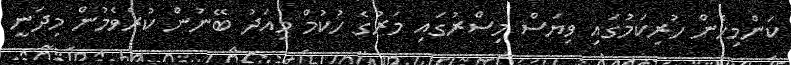
ކަންމިހެން ހުރިކަމުގައި ވިޔަސް މިސްރުގައި މަރުގެ ހުކުމް މިއަދު ބޭނުން ކުރެވެމުން މިދަނީ